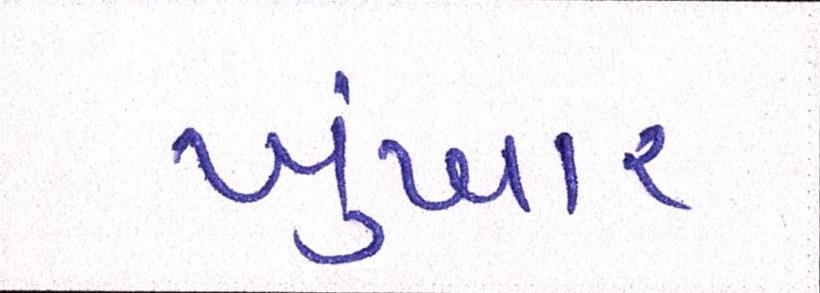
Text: ખુંખાર